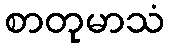
စာတုမာသံ